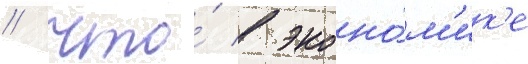
/ что́ в эконо́м'ик'е